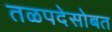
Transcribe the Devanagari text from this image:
तळपदेसोबत